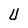
Character: U